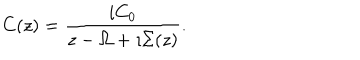
LaTeX: C ( z ) = \frac { i C _ { 0 } } { z - \Omega + \imath \Sigma ( z ) } .